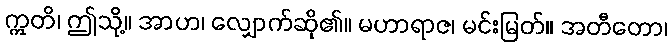
ဣတိ၊ ဤသို့။ အာဟ၊ လျှောက်ဆို၏။ မဟာရာဇ၊ မင်းမြတ်။ အတီတော၊